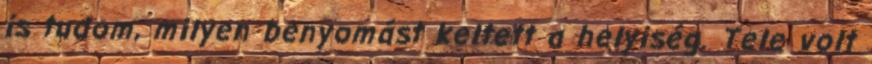
is tudom, milyen benyomást keltett a helyiség. Tele volt